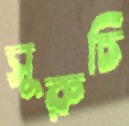
সুরুচি